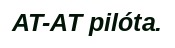
AT-AT pilóta.